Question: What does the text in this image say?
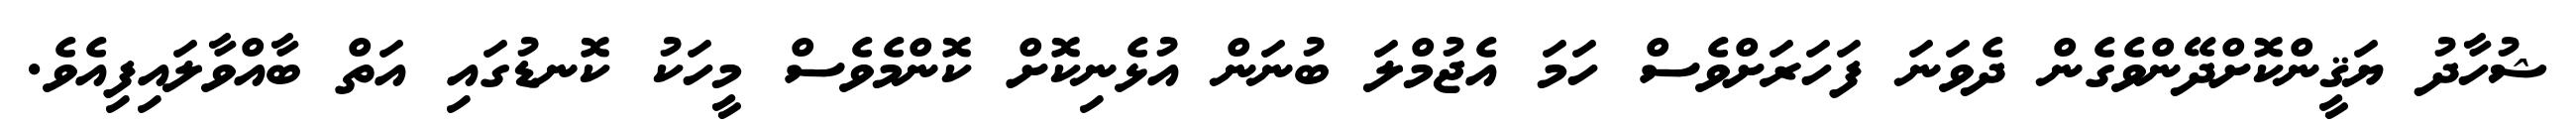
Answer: ޝުހާދު ޔަޤީންކޮށްދޭންވެގެން ދެވަނަ ފަހަރަށްވެސް ހަމަ އެޖުމްލަ ބުނަން އުޅެނިކޮށް ކޮންމެވެސް މީހަކު ކޮނޑުގައި އަތް ބާއްވާލައިފިއެވެ.